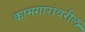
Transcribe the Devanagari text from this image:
कामगारांवरील